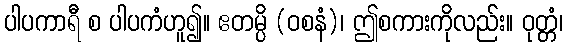
ပါပကာရီ စ ပါပကံဟူ၍။ ဧတမ္ပိ (ဝစနံ)၊ ဤစကားကိုလည်း။ ဝုတ္တံ၊